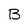
Character: B